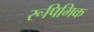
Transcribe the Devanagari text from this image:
रूपिमिक